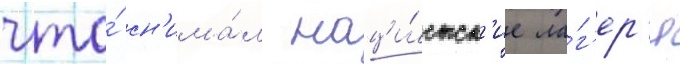
что́ сн'има́л наци́стск'ие ла́г'ер'я